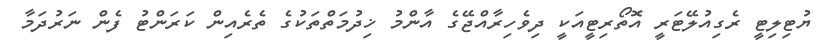
ޔުޓިލިޓީ ރެގިއުލޭޓަރީ އޮތޯރިޓީއަކީ ދިވެހިރާއްޖޭގެ އާންމު ޚިދުމަތްތަކުގެ ތެރެއިން ކަރަންޓު ފެން ނަރުދަމާ